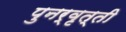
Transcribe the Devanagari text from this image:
पुनर्वृत्ती